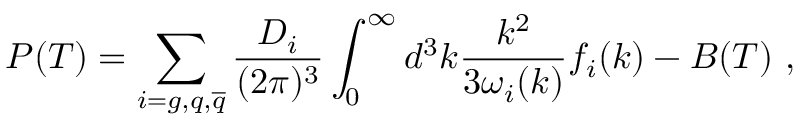
P ( T ) = \sum _ { i = g , q , { \overline { { q } } } } \frac { D _ { i } } { ( 2 \pi ) ^ { 3 } } \int _ { 0 } ^ { \infty } d ^ { 3 } k \frac { k ^ { 2 } } { 3 \omega _ { i } ( k ) } f _ { i } ( k ) - B ( T ) \ ,